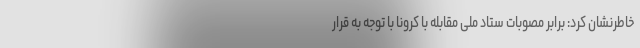
خاطرنشان کرد: برابر مصوبات ستاد ملی مقابله با کرونا با توجه به قرار